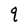
Character: q